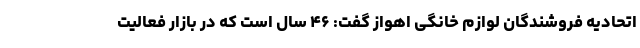
اتحادیه فروشندگان لوازم خانگی اهواز گفت: ۴۶ سال است که در بازار فعالیت